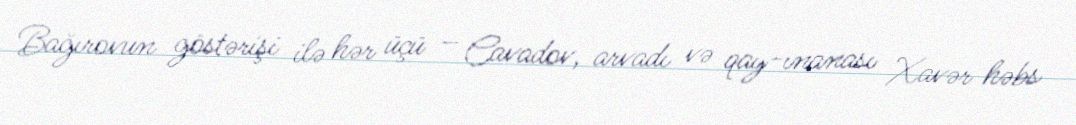
Bağırovun göstərişi ilə hər üçü – Cavadov, arvadı və qay­ınanası Xavər həbs